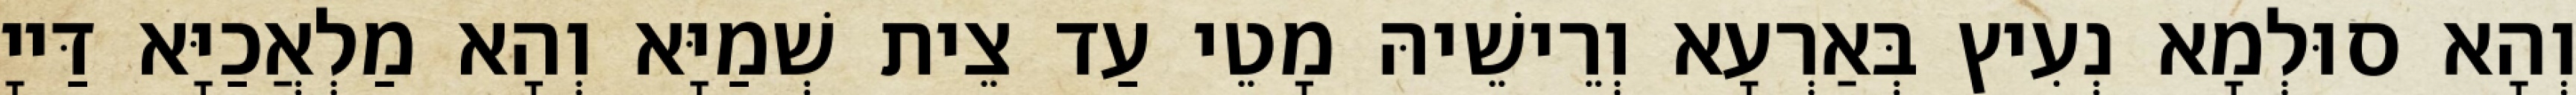
וְהָא סוּלְמָא נְעִיץ בְּאַרְעָא וְרֵישֵׁיהּ מָטֵי עַד צֵית שְׁמַיָּא וְהָא מַלְאֲכַיָּא דַּייָ